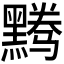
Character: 𬹘